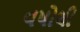
વષોથી